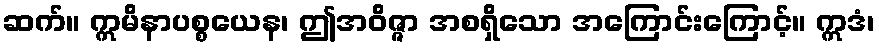
ဆက်။ ဣမိနာပစ္စယေန၊ ဤအဝိဇ္ဇာ အစရှိသော အကြောင်းကြောင့်။ ဣဒံ၊